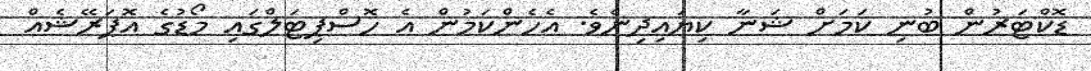
ޑޮކްޓަރުން ބުނި ކަމަށް ޝަނާ ކިޔައިދިނެވެ. އެހެންކަމުން އެ ހޮސްޕިޓަލްގައި މޯޑުގެ އޮޕަރޭޝެއް